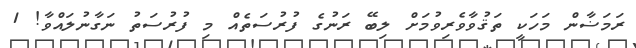
ރަމަޟާން މަހަކީ ތަޤުވާވެރިވުމަށް ލިބޭ ރަނުގެ ފުރުސަތެއް މި ފުރުސަތު ނަގާނުލައްވާ! 1